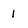
Character: 1